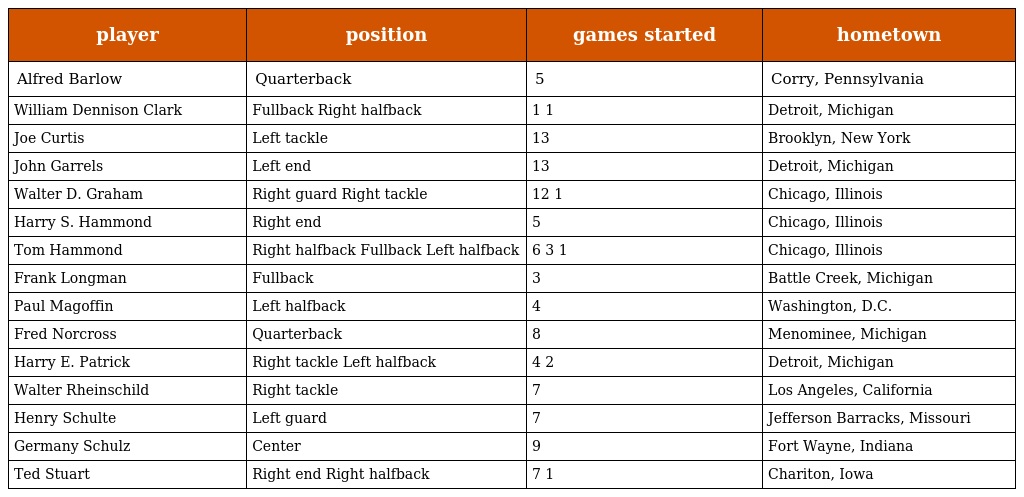
| player | position | games started | hometown |
 | --- | --- | --- | --- |
 | Alfred Barlow | Quarterback | 5 | Corry, Pennsylvania |
 | William Dennison Clark | Fullback Right halfback | 1 1 | Detroit, Michigan |
 | Joe Curtis | Left tackle | 13 | Brooklyn, New York |
 | John Garrels | Left end | 13 | Detroit, Michigan |
 | Walter D. Graham | Right guard Right tackle | 12 1 | Chicago, Illinois |
 | Harry S. Hammond | Right end | 5 | Chicago, Illinois |
 | Tom Hammond | Right halfback Fullback Left halfback | 6 3 1 | Chicago, Illinois |
 | Frank Longman | Fullback | 3 | Battle Creek, Michigan |
 | Paul Magoffin | Left halfback | 4 | Washington, D.C. |
 | Fred Norcross | Quarterback | 8 | Menominee, Michigan |
 | Harry E. Patrick | Right tackle Left halfback | 4 2 | Detroit, Michigan |
 | Walter Rheinschild | Right tackle | 7 | Los Angeles, California |
 | Henry Schulte | Left guard | 7 | Jefferson Barracks, Missouri |
 | Germany Schulz | Center | 9 | Fort Wayne, Indiana |
 | Ted Stuart | Right end Right halfback | 7 1 | Chariton, Iowa |